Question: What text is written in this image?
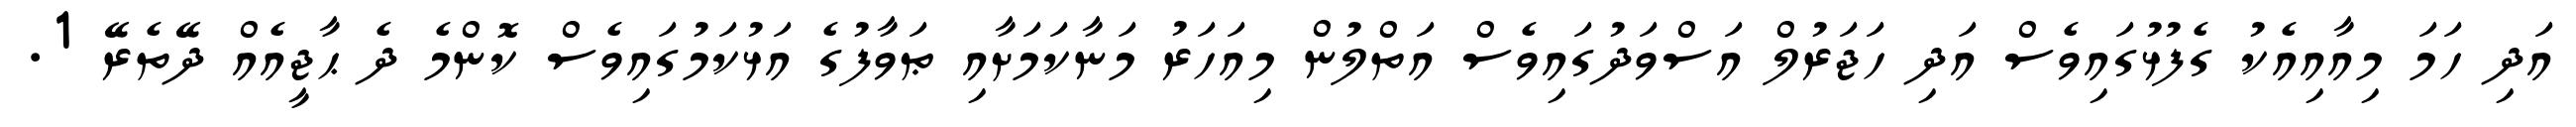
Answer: އަދި ހަމަ މިއާއިއެކު ގެފުޅުގައިވެސް އަދި ހަޖަރުލް އަސްވަދުގައިވެސް އަތްލުން މިއަހަރު މަނާކަމަށާއި ޠަވާފުގެ އަޅުކަމުގައިވެސް ކޮންމެ ދެ ޙާޖީއެއް ދޭތެރޭ 1.